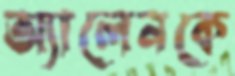
অ্যালেনকে